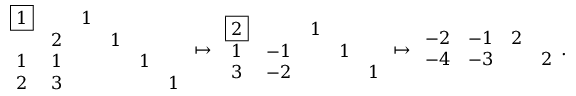
\begin{array} { r } { \begin{array} { c c c c c c } { \boxed { 1 } } & & { 1 } & & & \\ & { 2 } & & { 1 } & & \\ { 1 } & { 1 } & & & { 1 } & \\ { 2 } & { 3 } & & & & { 1 } \end{array} \mapsto \begin{array} { c c c c c } { \boxed { 2 } } & & { 1 } & & \\ { 1 } & { - 1 } & & { 1 } & \\ { 3 } & { - 2 } & & & { 1 } \end{array} \mapsto \begin{array} { c c c c } { - 2 } & { - 1 } & { 2 } & \\ { - 4 } & { - 3 } & & { 2 } \end{array} . } \end{array}